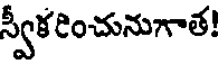
స్వీకరించునుగాత!